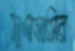
মুদাসসির